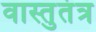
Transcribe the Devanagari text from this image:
वास्तुतंत्र